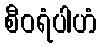
စီဝရံပါဟံ